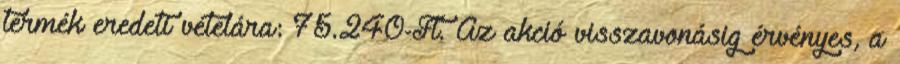
termék eredeti vételára: 75.240-Ft. Az akció visszavonásig érvényes, a